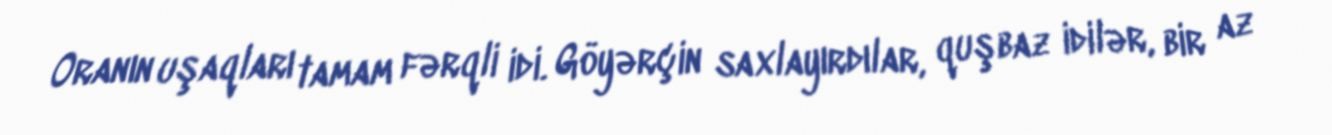
Oranın uşaqları tamam fərqli idi. Göyərçin saxlayırdılar, quşbaz idilər, bir az